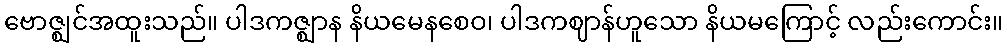
ဗောဇ္ဈင်အထူးသည်။ ပါဒကဇ္ဈာန နိယမေနစေဝ၊ ပါဒကဈာန်ဟူသော နိယမကြောင့် လည်းကောင်း။